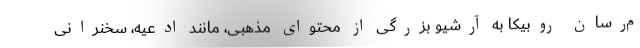
م‌رسان روبیکا به آرشیو بزرگی از محتوای مذهبی، مانند ادعیه، سخنرانی